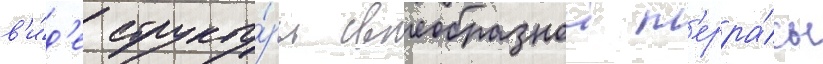
в'и́д'е структу́ры своеобразнои т'ерра́сы